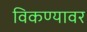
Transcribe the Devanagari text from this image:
विकण्यावर